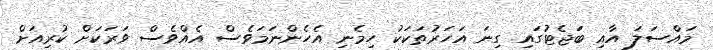
މައްސަލަ އާއި ބަޖެޓުގައި ގިނަ އަހަރުތަކަކު ހިމެނި އެހެންނަމަވެސް އެއްވެސް ވަރަކަށް ކުރިއަށް